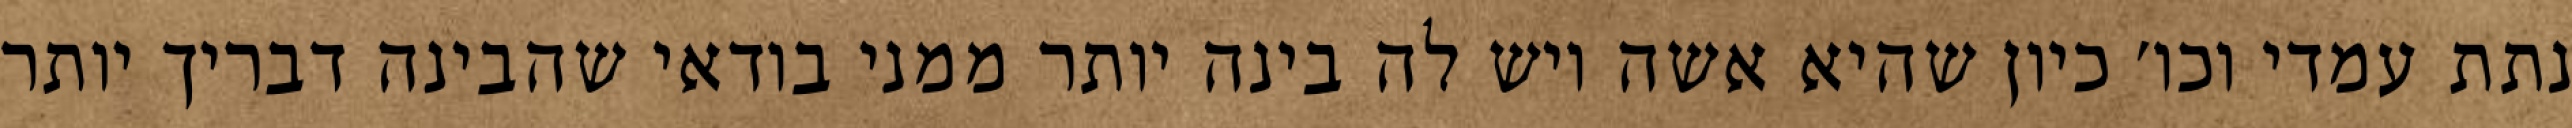
נתת עמדי וכו׳ כיון שהיא אשה ויש לה בינה יותר ממני בודאי שהבינה דבריך יותר